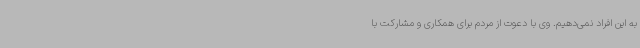
به این افراد نمی‌دهیم. وی با دعوت از مردم برای همکاری و مشارکت با